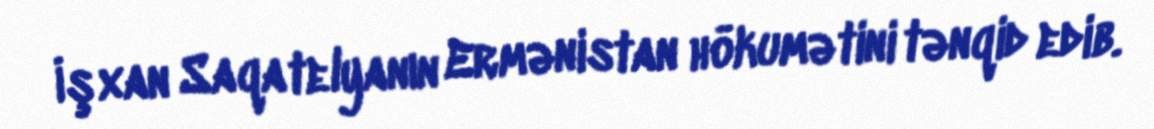
İşxan Saqatelyanın Ermənistan hökumətini tənqid edib.